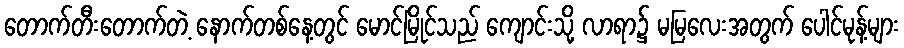
တောက်တီးတောက်တဲ့ နောက်တစ်နေ့တွင် မောင်မြိုင်သည် ကျောင်းသို့ လာရာ၌ မမြလေးအတွက် ပေါင်မုန့်များ